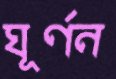
ঘূর্ণন